Account of plague administration in the Bombay Presidency from September 1896 till May 1897
Year: 1896
Disease focus: Plague
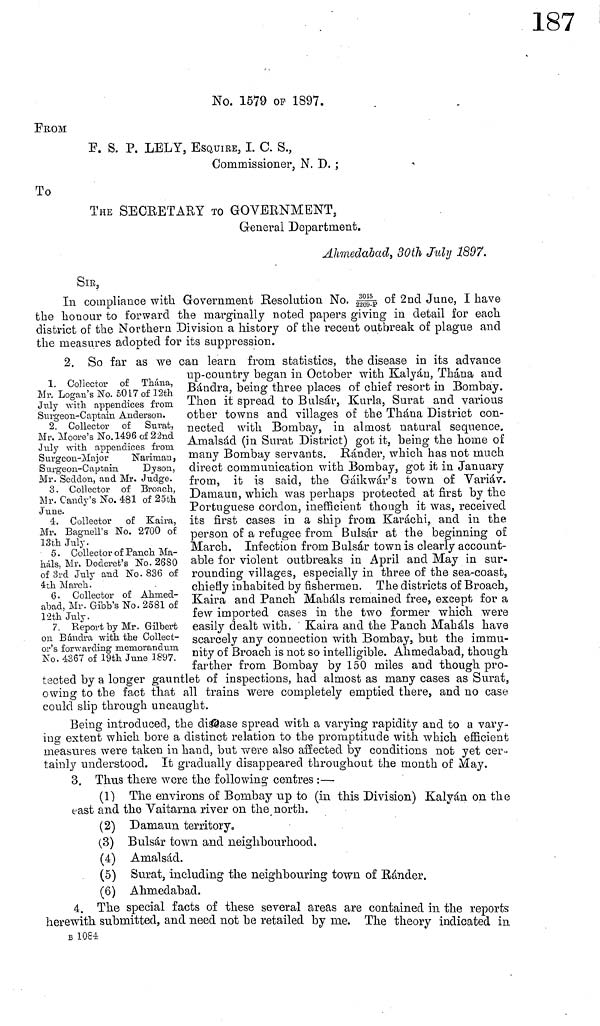
No. 1579 OP 1897.
FROM
F. S. P. LELY, ESQUIRE, I. C. S.,
Commissioner, N, D. ;
To
THE SECRETARY TO GOVERNMENT,
General Department.
Ahmedabad, 30th July 1897.
SIR,
In compliance with Government Resolution No. 3015 / 2269-p of 2nd June, I have
the honour to forward the marginally noted papers giving in detail for each
district of the Northern Division a history of the recent outbreak of plague and
the measures adopted for its suppression.
1. Collector of Thána,
Mr. Logan's No. 5017 of 12th
July with, appendices from
Surgeon-Captain. Anderson.
2. Collector of Surat,
Mr. Moore's No. 1496 of 22nd
July with appendices from
Surgeon-Major
Nariman,
Surgeon-Captain
Dyson,
Mr. Seddon, and Mr. Judge.
3. Collector of Broach,
Mr. Candy's No. 481 of 25th
June.
4. Collector of Kaira,
Mr. Bagnell's No. 2700 of
13th July.
5. Collector of Panch Ma-
háls, Mr. Doderet's No. 2680
of 3rd July and No. 836 of
4th March.
6. Collector of Ahmed-
abad, Mr. Gibb's No. 2581 of
12th July.
7. Report by Mr. Gilbert
on Bándra with the Collect-
or's forwarding memorandum
No. 4367 of 19th June 1897.
2. So far as we can learn from statistics, the disease in its advance
up-country began in October with Kalyán, Thána ana
Bándra, being three places of chief resort in Bombay.
Then it spread to Balsár, Kurla, Surat and various
other towns and villages of the Thána District con-
nected with Bombay, in almost natural sequence.
Amalsád (in Surat District) got it, being the home of
many Bombay servants. Rander, which has not much
direct communication with Bombay, got it in January
from, it is said, the Gáikwár's town of Variáv.
Damaun, which was perhaps protected at first by the
Portuguese cordon, inefficient though it was, received
its first cases in a ship from Karachi, and in the
person of a refugee from Bulsár at the beginning of
March. Infection from Bulsár town is clearly account-
able for violent outbreaks in April and May in sur-
rounding villages, especially in three of the sea-coast,
chiefly inhabited by fishermen. The districts of Broach,
Kaira and Panch Mahals remained free, except for a
few imported cases in the two former which were
easily dealt with. Kaira and the Panch Mahals have
scarcely any connection with Bombay, but the immu-
nity of Broach is not so intelligible. Ahmedabad, though
farther from Bombay by 150 miles and though pro-
tected by a longer gauntlet of inspections, had almost as many cases as Surat,
owing to the fact that all trains were completely emptied there, and no case
could slip through uncaught.
Being introduced, the disease spread with a varying rapidity and to a vary-
ing extent which bore a distinct relation to the promptitude with which efficient
measures were taken in hand, but were also affected by conditions not yet cer-
tainly understood. It gradually disappeared throughout the month of May,
3, Thus there were the following centres :—
(1) The environs of Bombay up to (in this Division) Kalyán on the
east and the Vaitarna river on the north.
(2) Damaun territory,
(3) Bulsár town and neighbourhood,
(4) Amalsád.
(5) Surat, including the neighbouring town of Bander.
(6) Ahmedabad.
4. The special facts of these several areas are contained in the reports
herewith submitted, and need not be retailed by me. The theory indicated in
B 1084